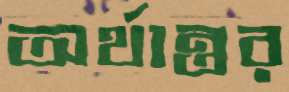
অর্থান্তর